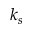
k _ { s }